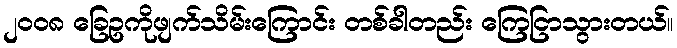
၂၀၀၈ ခြေဥကိုဖျက်သိမ်းကြောင်း တစ်ခါတည်း ကြေငြာသွားတယ်။